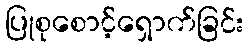
ပြုစုစောင့်ရှောက်ခြင်း